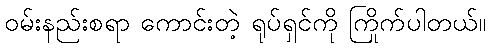
ဝမ်းနည်းစရာ ကောင်းတဲ့ ရုပ်ရှင်ကို ကြိုက်ပါတယ်။